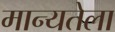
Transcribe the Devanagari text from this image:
मान्यतेला